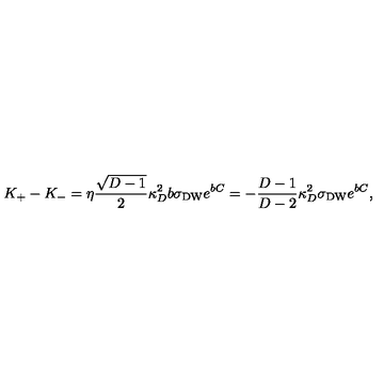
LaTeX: K _ { + } - K _ { - } = \eta { \frac { \sqrt { D - 1 } } { 2 } } \kappa _ { D } ^ { 2 } b \sigma _ { \mathrm { D W } } e ^ { b C } = - { \frac { D - 1 } { D - 2 } } \kappa _ { D } ^ { 2 } \sigma _ { \mathrm { D W } } e ^ { b C } ,